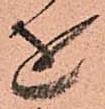
を